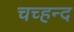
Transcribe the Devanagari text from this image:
चच्हन्द